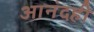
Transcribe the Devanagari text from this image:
आनंदही